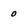
Character: 0